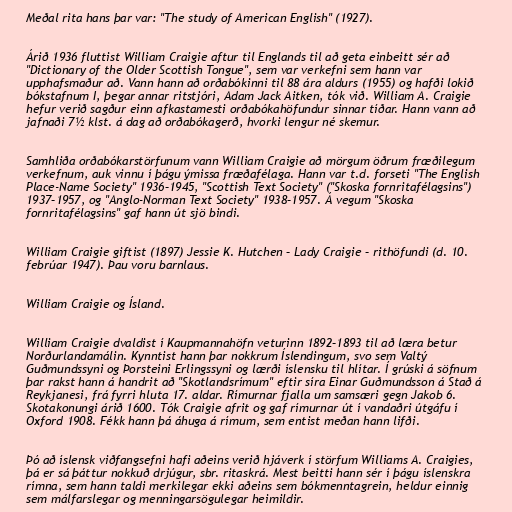
Meðal rita hans þar var: "The study of American English" (1927).

Árið 1936 fluttist William Craigie aftur til Englands til að geta einbeitt sér að
"Dictionary of the Older Scottish Tongue", sem var verkefni sem hann var
upphafsmaður að. Vann hann að orðabókinni til 88 ára aldurs (1955) og hafði lokið
bókstafnum I, þegar annar ritstjóri, Adam Jack Aitken, tók við. William A. Craigie
hefur verið sagður einn afkastamesti orðabókahöfundur sinnar tíðar. Hann vann að
jafnaði 7½ klst. á dag að orðabókagerð, hvorki lengur né skemur.

Samhliða orðabókarstörfunum vann William Craigie að mörgum öðrum fræðilegum
verkefnum, auk vinnu í þágu ýmissa fræðafélaga. Hann var t.d. forseti "The English
Place-Name Society" 1936–1945, "Scottish Text Society" ("Skoska fornritafélagsins")
1937–1957, og "Anglo-Norman Text Society" 1938–1957. Á vegum "Skoska
fornritafélagsins" gaf hann út sjö bindi.

William Craigie giftist (1897) Jessie K. Hutchen – Lady Craigie – rithöfundi (d. 10.
febrúar 1947). Þau voru barnlaus.

William Craigie og Ísland.

William Craigie dvaldist í Kaupmannahöfn veturinn 1892–1893 til að læra betur
Norðurlandamálin. Kynntist hann þar nokkrum Íslendingum, svo sem Valtý
Guðmundssyni og Þorsteini Erlingssyni og lærði íslensku til hlítar. Í grúski á söfnum
þar rakst hann á handrit að "Skotlandsrímum" eftir síra Einar Guðmundsson á Stað á
Reykjanesi, frá fyrri hluta 17. aldar. Rímurnar fjalla um samsæri gegn Jakob 6.
Skotakonungi árið 1600. Tók Craigie afrit og gaf rímurnar út í vandaðri útgáfu í
Oxford 1908. Fékk hann þá áhuga á rímum, sem entist meðan hann lifði.

Þó að íslensk viðfangsefni hafi aðeins verið hjáverk í störfum Williams A. Craigies,
þá er sá þáttur nokkuð drjúgur, sbr. ritaskrá. Mest beitti hann sér í þágu íslenskra
rímna, sem hann taldi merkilegar ekki aðeins sem bókmenntagrein, heldur einnig
sem málfarslegar og menningarsögulegar heimildir.